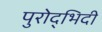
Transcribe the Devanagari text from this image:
पुरोद्भिदी